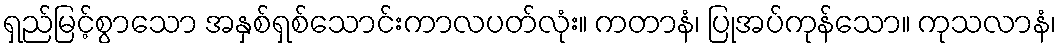
ရှည်မြင့်စွာသော အနှစ်ရှစ်သောင်းကာလပတ်လုံး။ ကတာနံ၊ ပြုအပ်ကုန်သော။ ကုသလာနံ၊